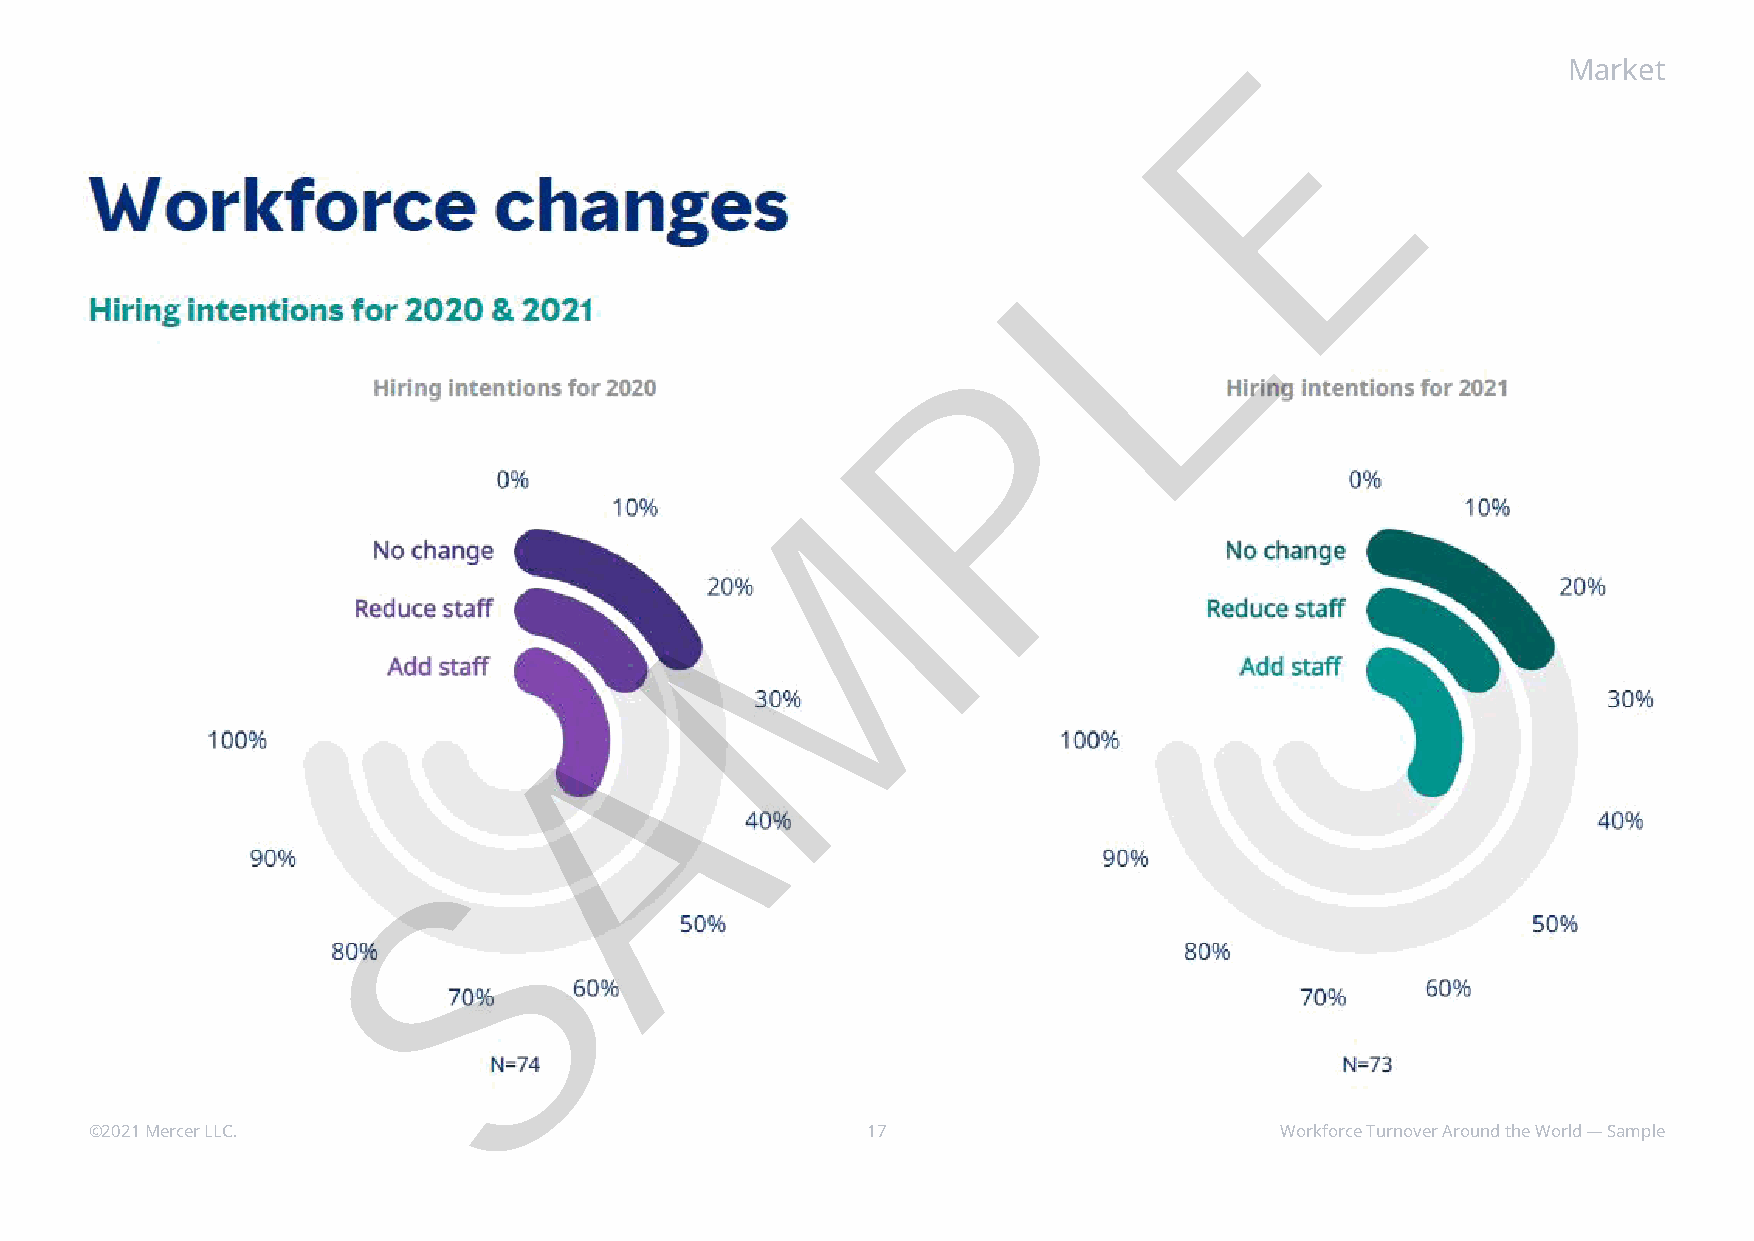
E
 Market
 L
 P
 M
 A
 S
 ©2021 Mercer LLC.                                  17                          Workforce Turnover Around the World — Sample